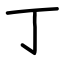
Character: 丁